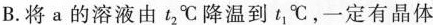
B.将a的溶液由t_{2}℃降温到t_{1}℃，一定有晶体